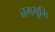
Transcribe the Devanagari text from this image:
नमभूमि